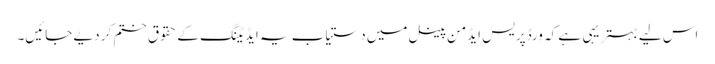
اس لیے بہتر یہی ہے کہ ورڈپریس ایڈمن پینل میں دستیاب یہ ایڈیٹنگ کے حقوق ختم کر دیے جائیں۔